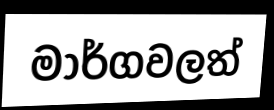
මාර්ගවලත්